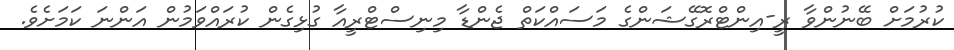
ކުރުމަށް ބޭނުންވާ ރީ-އިންޓްރޮގޭޝަންގެ މަސައްކަތް ޖެންޑާ މިނިސްޓްރީއާ ގުޅިގެން ކުރައްވަމުން އަންނަ ކަމަށެވެ.